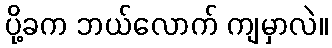
ပို့ခက ဘယ်လောက် ကျမှာလဲ။